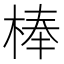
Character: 棒